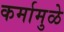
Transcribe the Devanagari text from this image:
कर्मामुळे